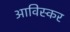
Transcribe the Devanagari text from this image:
आविस्कर